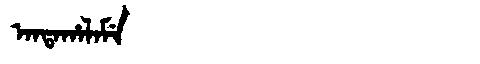
Manchu: ᠠᠨᡨᠠᡥᠠᠯᠠᠮᡝ
Romanization: ANTAHALAME